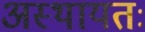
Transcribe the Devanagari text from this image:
अस्थायतः